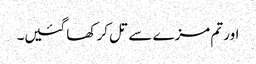
اور تم مزے سے تل کر کھا گئیں۔